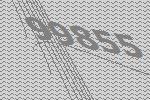
99855